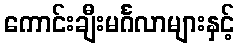
ကောင်းချီးမင်္ဂလာများနှင့်